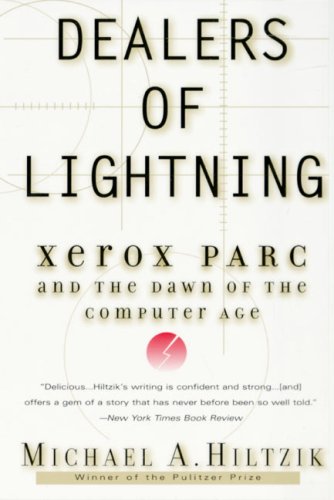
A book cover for Dealers of Lightning: Xerox PARC and the Dawn of the Computer Age; Michael A. Hiltzik; Computers & Technology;